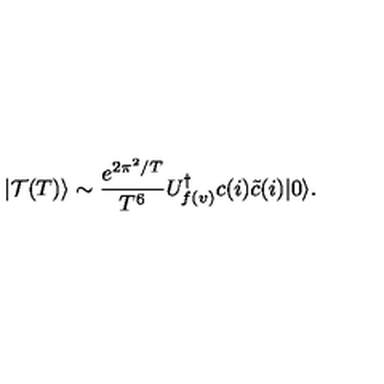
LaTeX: | \mathcal { T } ( T ) \rangle \sim \frac { e ^ { 2 \pi ^ { 2 } / T } } { T ^ { 6 } } U _ { f ( v ) } ^ { \dagger } c ( i ) \tilde { c } ( i ) | 0 \rangle .